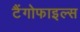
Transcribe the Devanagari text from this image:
टैंगोफाइल्स